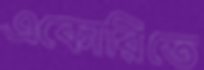
একোরিতে